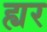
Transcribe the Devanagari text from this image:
ह्यर